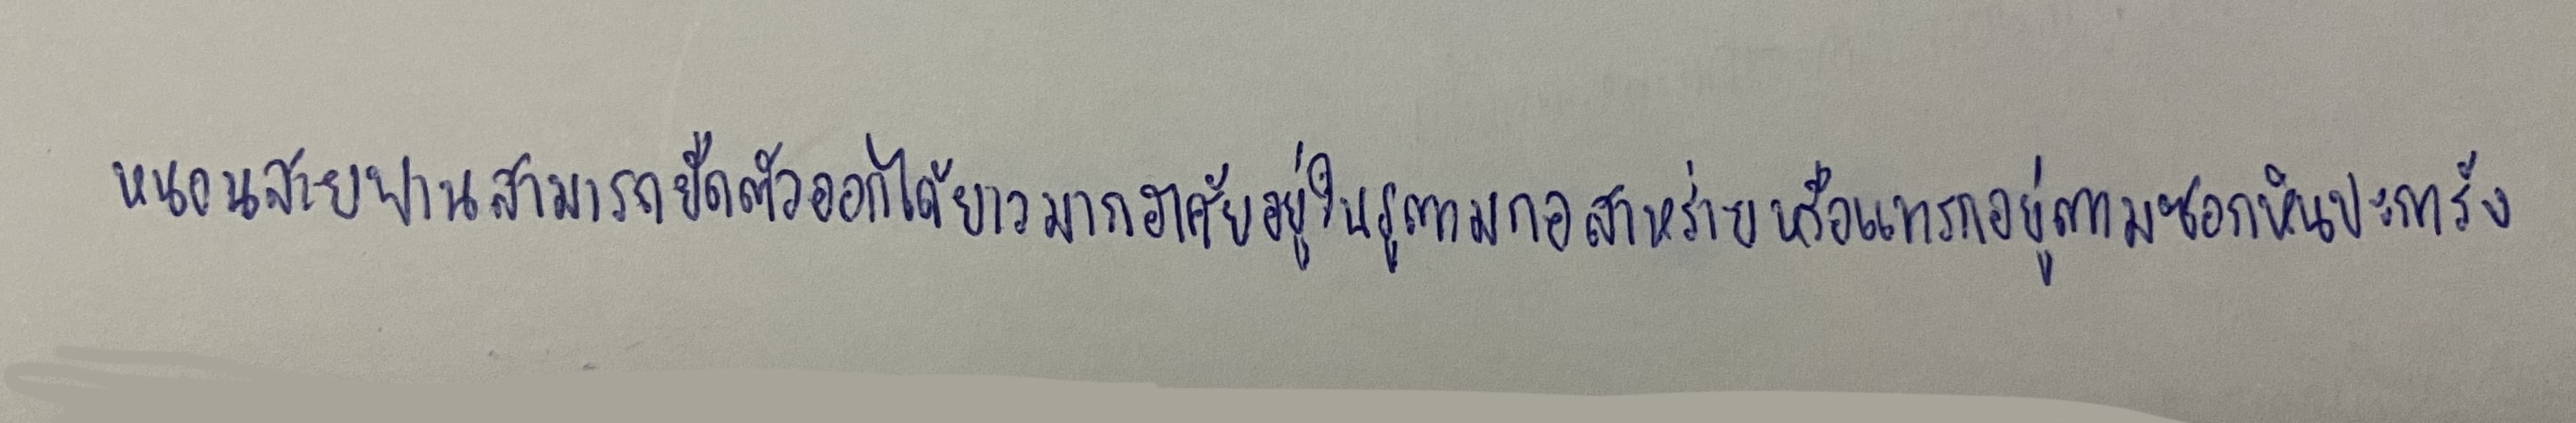
หนอนสายพานสามารถยืดตัวออกได้ยาวมากอาศัยอยู่ในรูตามกอสาหร่ายหรือแทรกอยู่ตามซอกหินปะการัง